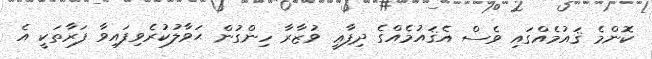
ކޮންމެ ޤައުމެއްގައި ވެސް އެޤައުމެއްގެ ދިފާޢީ ވުޒާރާ ހިންގުން ޙަވާލުކުރެވިފައިވާ ފަރާތަކީ އެ